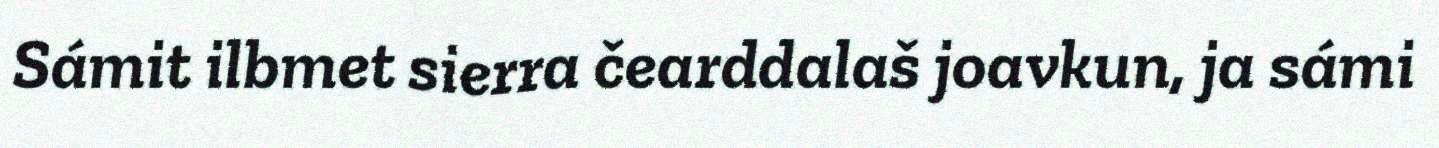
Sámit ilbmet sierra čearddalaš joavkun, ja sámi